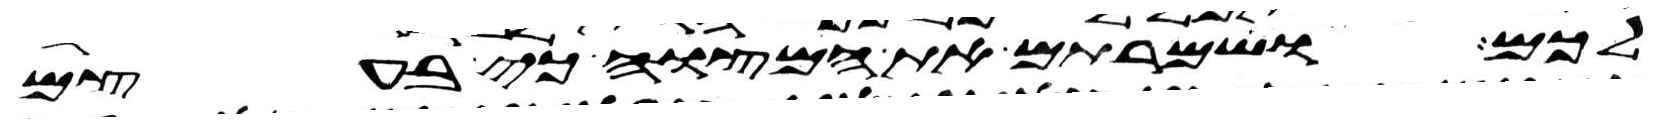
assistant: לכם ושמרתם את המצוה כי בעצם